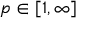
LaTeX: p \in [ 1 , \infty ]